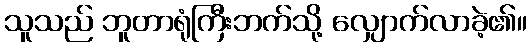
သူသည် ဘူတာရုံကြီးဘက်သို့ လျှောက်လာခဲ့၏။